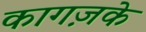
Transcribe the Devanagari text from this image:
कागज़के